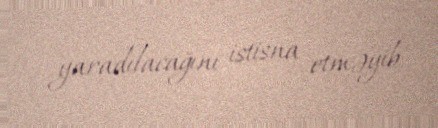
yaradılacağını istisna etməyib.